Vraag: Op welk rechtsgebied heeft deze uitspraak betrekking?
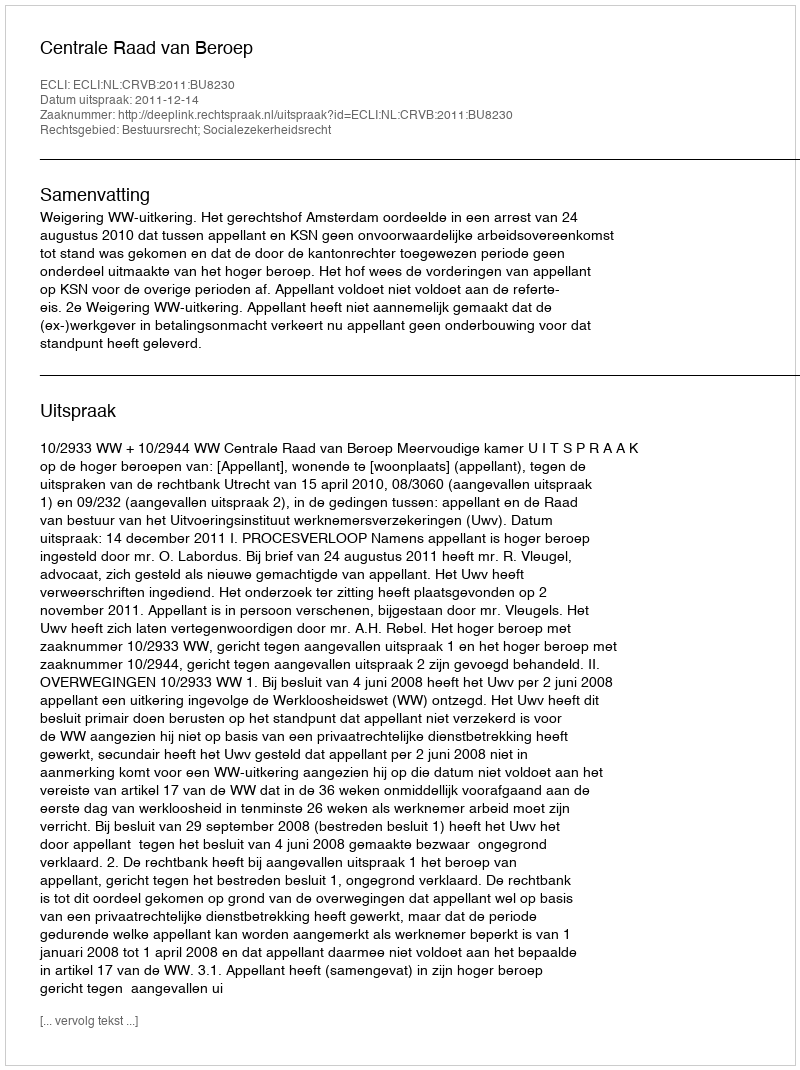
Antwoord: Bestuursrecht; Socialezekerheidsrecht